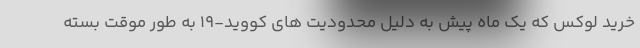
خرید لوکس که یک ماه پیش به دلیل محدودیت های کووید-19 به طور موقت بسته